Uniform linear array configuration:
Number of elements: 4
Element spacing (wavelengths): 0.75
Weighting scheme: exponential
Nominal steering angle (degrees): -15
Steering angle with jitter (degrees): -13.588
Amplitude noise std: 0.05
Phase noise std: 0.05

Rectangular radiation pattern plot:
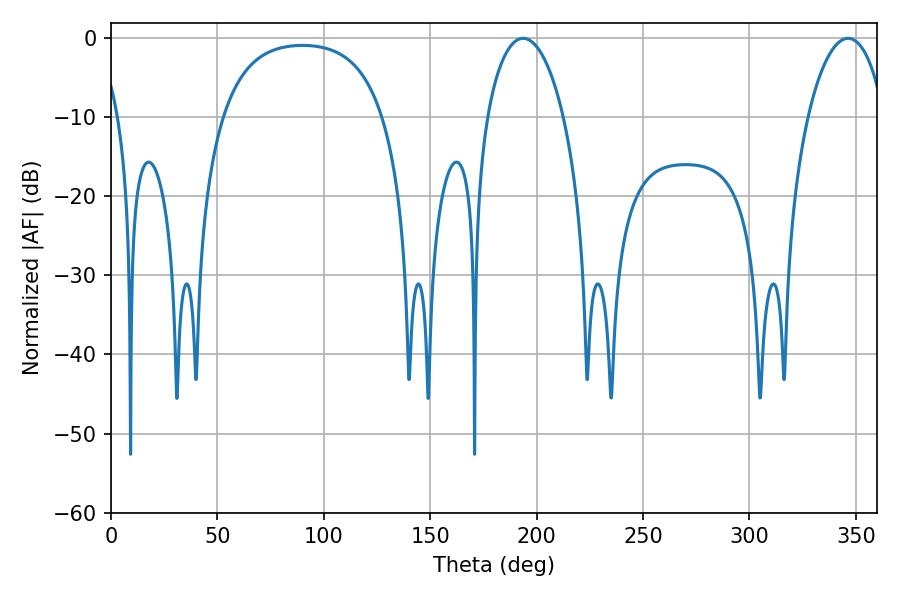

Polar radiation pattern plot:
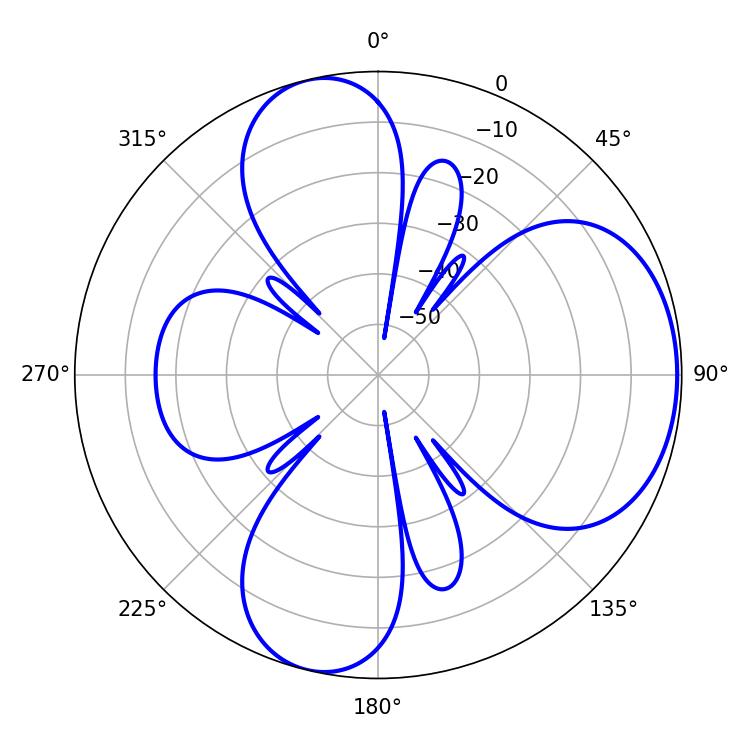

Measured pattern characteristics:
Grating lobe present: TRUE
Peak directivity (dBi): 6.063
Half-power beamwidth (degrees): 20.52
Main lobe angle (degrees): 193.68